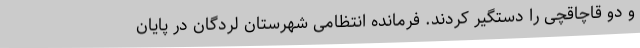
و دو قاچاقچی را دستگیر کردند. فرمانده انتظامی شهرستان لردگان در پایان